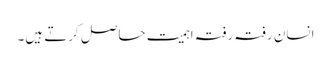
انسان رفتہ رفتہ اہمیت حاصل کرتے ہیں۔